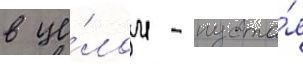
в це́лом - пуста́я